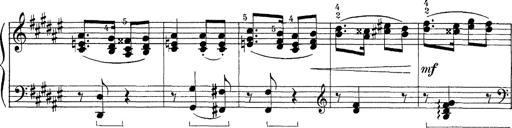
Title: FÃ¼nf KlavierstÃ¼cke
Composer: Franz Liszt